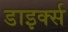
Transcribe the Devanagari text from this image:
डाइर्क्स